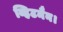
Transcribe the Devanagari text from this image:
व्हिटमैन।